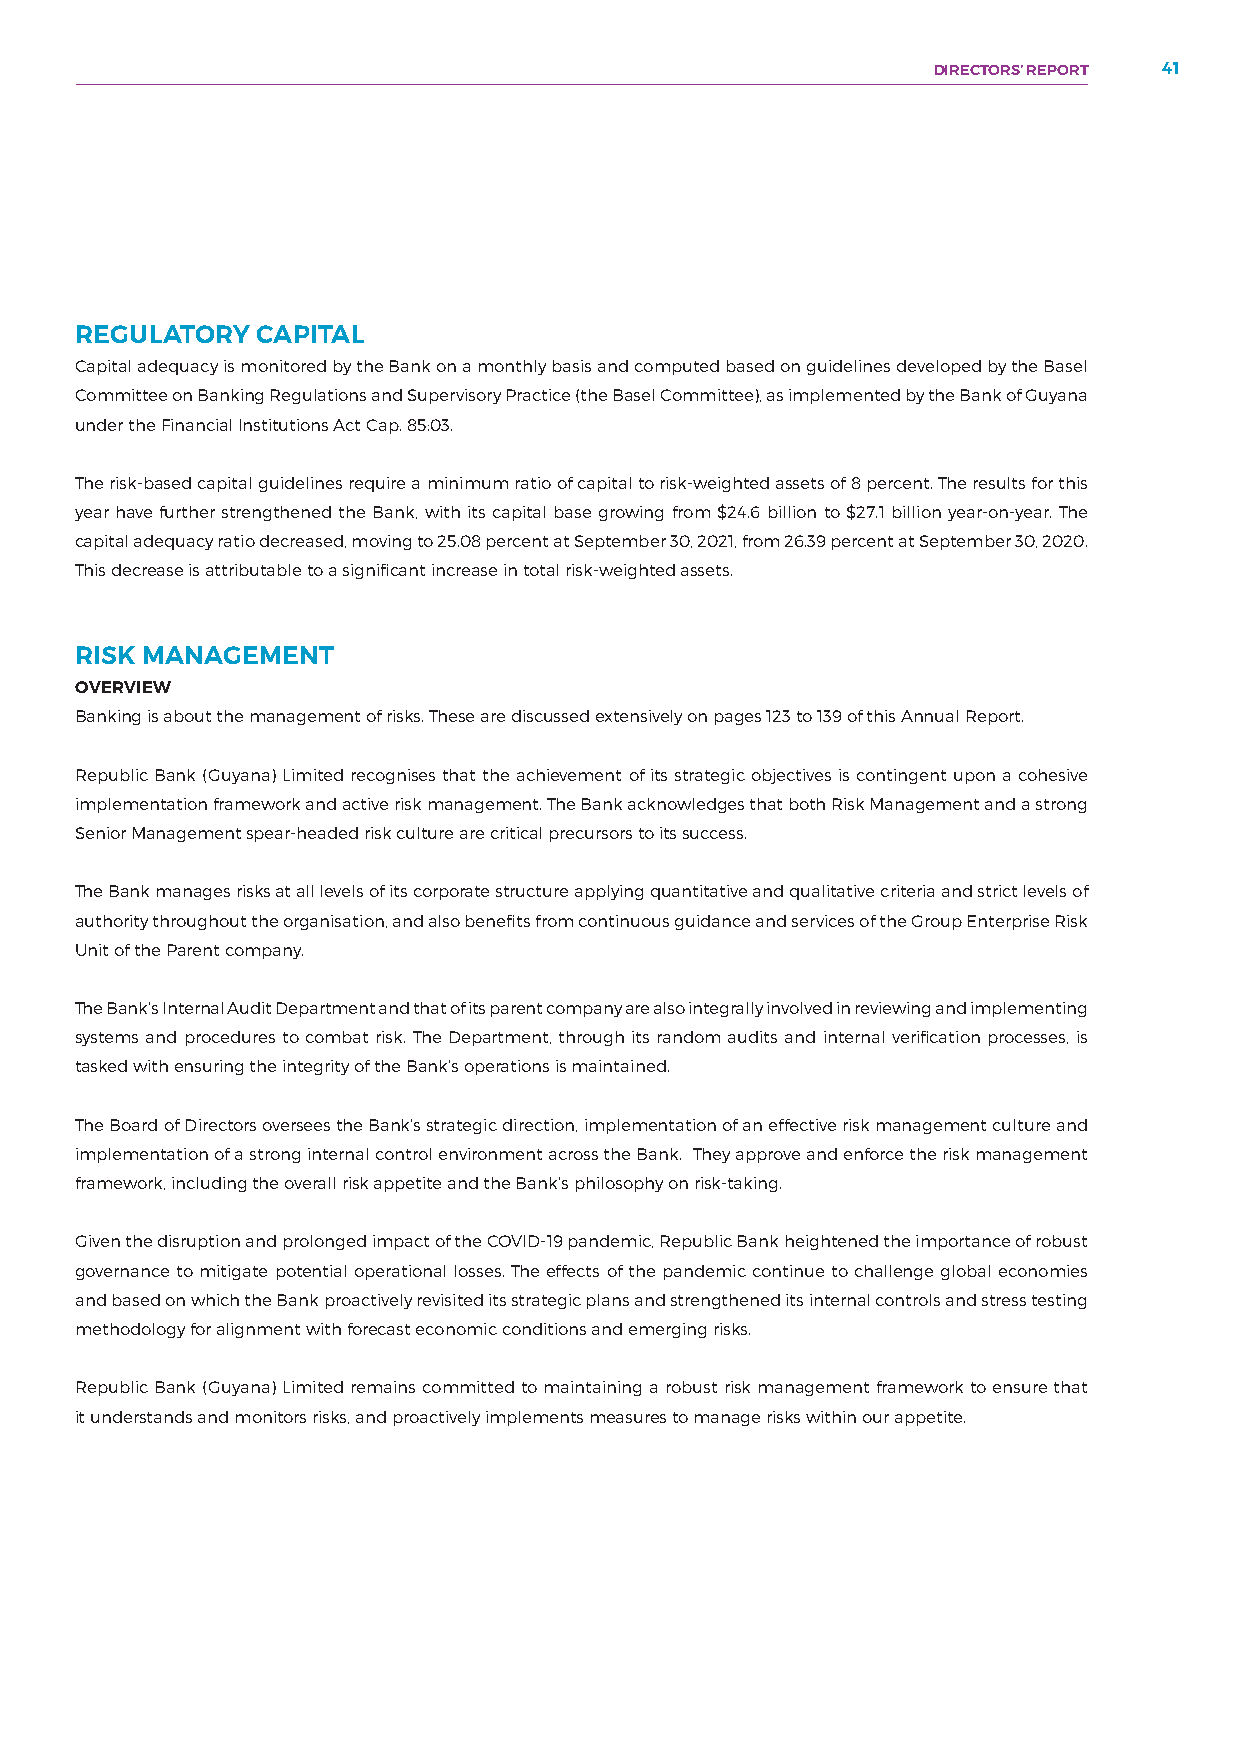
DIRECTORS’ REPORT 41
 REGULATORY  CAPITAL
 Capital adequacy is monitored by the Bank on a monthly basis and computed based on guidelines developed by the Basel
 Committee on Banking Regulations and Supervisory Practice (the Basel Committee), as implemented by the Bank of Guyana
 under the Financial Institutions Act Cap. 85:03.
 The risk-based capital guidelines require a minimum ratio of capital to risk-weighted assets of 8 percent. The results for this
 year have further strengthened the Bank, with its capital base growing from $24.6 billion to $27.1 billion year-on-year. The
 capital adequacy ratio decreased, moving to 25.08 percent at September 30, 2021, from 26.39 percent at September 30, 2020.
 This decrease is attributable to a significant increase in total risk-weighted assets.
 RISK MANAGEMENT
 OVERVIEW
 Banking is about the management of risks. These are discussed extensively on pages 123 to 139 of this Annual Report.
 Republic Bank (Guyana) Limited recognises that the achievement of its strategic objectives is contingent upon a cohesive
 implementation framework and active risk management. The Bank acknowledges that both Risk Management and a strong
 Senior Management spear-headed risk culture are critical precursors to its success.
 The Bank manages risks at all levels of its corporate structure applying quantitative and qualitative criteria and strict levels of
 authority throughout the organisation, and also benefits from continuous guidance and services of the Group Enterprise Risk
 Unit of the Parent company.
 The Bank’s Internal Audit Department and that of its parent company are also integrally involved in reviewing and implementing
 systems and procedures to combat risk. The Department, through its random audits and internal verification processes, is
 tasked with ensuring the integrity of the Bank’s operations is maintained.
 The Board of Directors oversees the Bank’s strategic direction, implementation of an effective risk management culture and
 implementation of a strong internal control environment across the Bank. They approve and enforce the risk management
 framework, including the overall risk appetite and the Bank’s philosophy on risk-taking.
 Given the disruption and prolonged impact of the COVID-19 pandemic, Republic Bank heightened the importance of robust
 governance to mitigate potential operational losses. The effects of the pandemic continue to challenge global economies
 and based on which the Bank proactively revisited its strategic plans and strengthened its internal controls and stress testing
 methodology for alignment with forecast economic conditions and emerging risks.
 Republic Bank (Guyana) Limited remains committed to maintaining a robust risk management framework to ensure that
 it understands and monitors risks, and proactively implements measures to manage risks within our appetite.